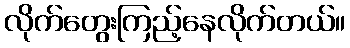
လိုက်တွေးကြည့်နေလိုက်တယ်။